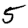
Digit: 5